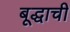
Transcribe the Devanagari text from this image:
बूद्धाची